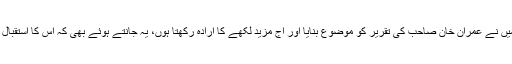
اسی احساس کے ساتھ، میں نے عمران خان صاحب کی تقریر کو موضوع بنایا اور آج مزید لکھے کا ارادہ رکھتا ہوں، یہ جانتے ہوئے بھی کہ اس کا استقبال کن الفاظ کے ساتھ ہو گا۔